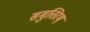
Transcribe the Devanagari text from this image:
समुत्तिरम्